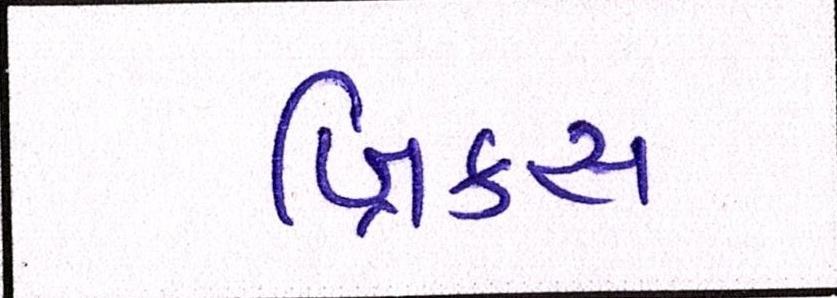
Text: બ્રિક્સ